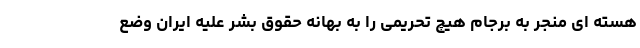
هسته ای منجر به برجام هیچ تحریمی را به بهانه حقوق بشر علیه ایران وضع